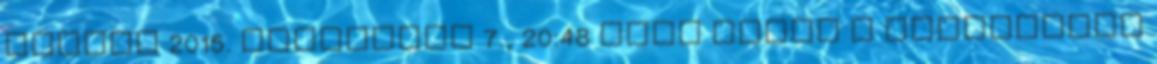
üzenet 2015. augusztus 7., 20:48 CEST Egész a Magánélete